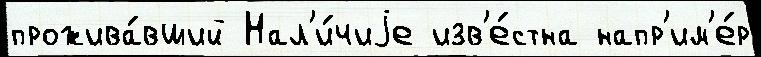
прожива́вший Нал'и́чиjе изв'е́стна напр'им'е́р